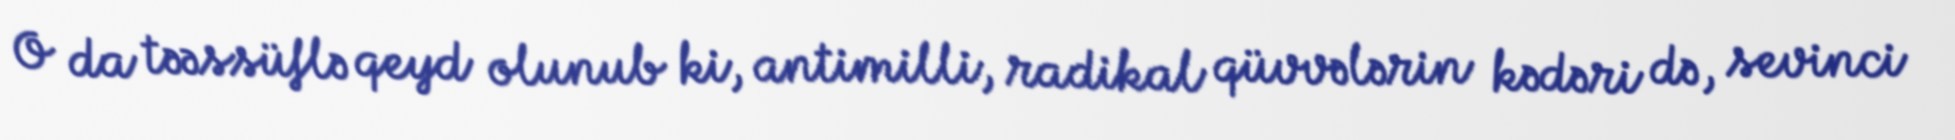
O da təəssüflə qeyd olunub ki, antimilli, radikal qüvvələrin kədəri də, sevinci